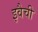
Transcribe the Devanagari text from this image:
इवैची